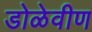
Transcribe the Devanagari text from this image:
डोळेवीण